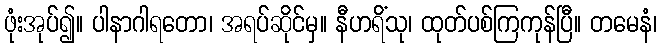
ဖုံးအုပ်၍။ ပါနာဂါရတော၊ အရပ်ဆိုင်မှ။ နီဟရိံသု၊ ထုတ်ပစ်ကြကုန်ပြီ။ တမေနံ၊